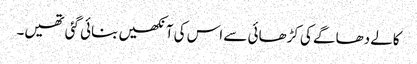
کالے دھاگے کی کڑھائی سے اس کی آنکھیں بنائی گئی تھیں۔